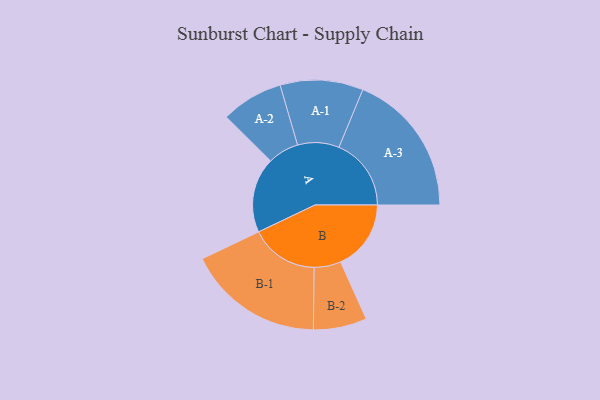
{"axis": {"x": "Segment", "y": "Value"}, "legend": ["", "A", "B"], "data": [{"x": "A", "y": 281, "type": ""}, {"x": "B", "y": 263, "type": ""}, {"x": "A-1", "y": 155, "type": "A"}, {"x": "A-2", "y": 116, "type": "A"}, {"x": "A-3", "y": 270, "type": "A"}, {"x": "B-1", "y": 255, "type": "B"}, {"x": "B-2", "y": 100, "type": "B"}]}